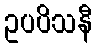
ဥပပိသနီ